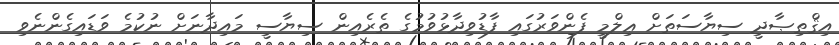
އިޤްތިޞާދީ ސިޔާސަތަށް ޢިލްމީ ފެންވަރުގައި ފާޑުވިދާޅުވުމުގެ ތެރެއިން ސިޔާސީ މައިދާނަށް ނުކުމެ ވަޑައިގެންނެވި